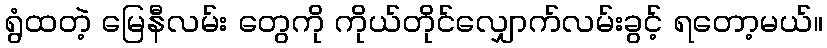
ရွံထတဲ့ မြေနီလမ်း တွေကို ကိုယ်တိုင်လျှောက်လမ်းခွင့် ရတော့မယ်။